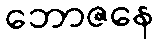
ဘောဇနေ